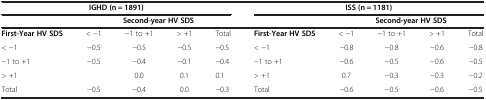
<table><thead><tr><td colspan="5"><b>IGHD (n = 1891)</b></td><td colspan="5"><b>ISS (n = 1181)</b></td></tr><tr><td><b> </b></td><td colspan="4"><b>Second-year HV SDS</b></td><td><b> </b></td><td colspan="4"><b>Second-year HV SDS</b></td></tr></thead><tbody><tr><td><b>First-Year HV SDS</b></td><td>&lt; −1</td><td>−1 to +1</td><td>&gt; +1</td><td>Total</td><td><b>First-Year HV SDS</b></td><td>&lt; −1</td><td>−1 to +1</td><td>&gt; +1</td><td>Total</td></tr><tr><td>&lt; −1</td><td>−0.5</td><td>−0.5</td><td>−0.5</td><td>−0.5</td><td>&lt; −1</td><td>−0.8</td><td>−0.8</td><td>−0.6</td><td>−0.8</td></tr><tr><td>−1 to +1</td><td>−0.5</td><td>−0.4</td><td>−0.1</td><td>−0.4</td><td>−1 to +1</td><td>−0.6</td><td>−0.5</td><td>−0.6</td><td>−0.5</td></tr><tr><td>&gt; +1</td><td> </td><td>0.0</td><td>0.1</td><td>0.1</td><td>&gt; +1</td><td>0.7</td><td>−0.3</td><td>−0.3</td><td>−0.2</td></tr><tr><td>Total</td><td>−0.5</td><td>−0.4</td><td>0.0</td><td>−0.3</td><td>Total</td><td>−0.6</td><td>−0.5</td><td>−0.6</td><td>−0.5</td></tr></tbody></table>